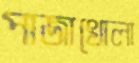
পাজাখোলা